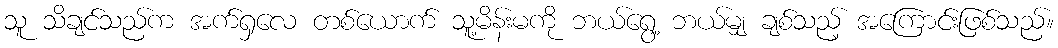
သူ သိချင်သည်က အက်ရှလေ တစ်ယောက် သူ့မိန်းမကို ဘယ်ရွေ့ ဘယ်မျှ ချစ်သည့် အကြောင်းဖြစ်သည်။